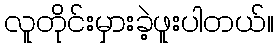
လူတိုင်းမှားခဲ့ဖူးပါတယ်။